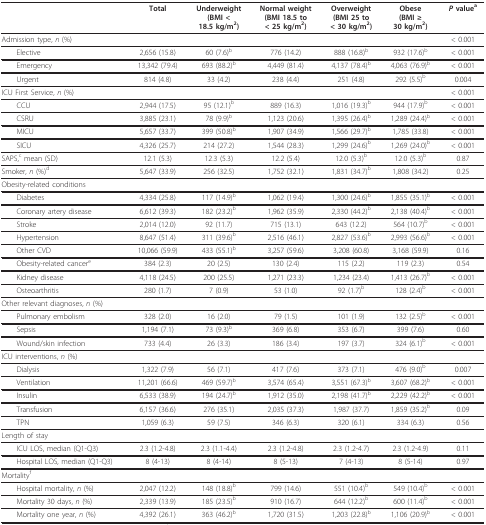
<table><thead><tr><td></td><td><b>Total</b></td><td><b>Underweight(BMI &lt; 18.5 kg/m<sup>2</sup>)</b></td><td><b>Normal weight(BMI 18.5 to &lt; 25 kg/m<sup>2</sup>)</b></td><td><b>Overweight(BMI 25 to &lt; 30 kg/m<sup>2</sup>)</b></td><td><b>Obese(BMI ≥ 30 kg/m<sup>2</sup>)</b></td><td><b><i>P </i>value<sup>a</sup></b></td></tr></thead><tbody><tr><td>Admission type, <i>n </i>(%)</td><td></td><td></td><td></td><td></td><td></td><td>&lt; 0.001</td></tr><tr><td> Elective</td><td>2,656 (15.8)</td><td>60 (7.6)<sup>b</sup></td><td>776 (14.2)</td><td>888 (16.8)<sup>b</sup></td><td>932 (17.6)<sup>b</sup></td><td>&lt; 0.001</td></tr><tr><td> Emergency</td><td>13,342 (79.4)</td><td>693 (88.2)<sup>b</sup></td><td>4,449 (81.4)</td><td>4,137 (78.4)<sup>b</sup></td><td>4,063 (76.9)<sup>b</sup></td><td>&lt; 0.001</td></tr><tr><td> Urgent</td><td>814 (4.8)</td><td>33 (4.2)</td><td>238 (4.4)</td><td>251 (4.8)</td><td>292 (5.5)<sup>b</sup></td><td>0.004</td></tr><tr><td>ICU First Service, <i>n </i>(%)</td><td></td><td></td><td></td><td></td><td></td><td>&lt; 0.001</td></tr><tr><td> CCU</td><td>2,944 (17.5)</td><td>95 (12.1)<sup>b</sup></td><td>889 (16.3)</td><td>1,016 (19.3)<sup>b</sup></td><td>944 (17.9)<sup>b</sup></td><td>&lt; 0.001</td></tr><tr><td> CSRU</td><td>3,885 (23.1)</td><td>78 (9.9)<sup>b</sup></td><td>1,123 (20.6)</td><td>1,395 (26.4)<sup>b</sup></td><td>1,289 (24.4)<sup>b</sup></td><td>&lt; 0.001</td></tr><tr><td> MICU</td><td>5,657 (33.7)</td><td>399 (50.8)<sup>b</sup></td><td>1,907 (34.9)</td><td>1,566 (29.7)<sup>b</sup></td><td>1,785 (33.8)</td><td>&lt; 0.001</td></tr><tr><td> SICU</td><td>4,326 (25.7)</td><td>214 (27.2)</td><td>1,544 (28.3)</td><td>1,299 (24.6)<sup>b</sup></td><td>1,269 (24.0)<sup>b</sup></td><td>&lt; 0.001</td></tr><tr><td>SAPS,<sup>c </sup>mean (SD)</td><td>12.1 (5.3)</td><td>12.3 (5.3)</td><td>12.2 (5.4)</td><td>12.0 (5.3)<sup>b</sup></td><td>12.0 (5.3)<sup>b</sup></td><td>0.87</td></tr><tr><td>Smoker, <i>n </i>(%)<sup>d</sup></td><td>5,647 (33.9)</td><td>256 (32.5)</td><td>1,752 (32.1)</td><td>1,831 (34.7)<sup>b</sup></td><td>1,808 (34.2)</td><td>0.25</td></tr><tr><td>Obesity-related conditions</td><td></td><td></td><td></td><td></td><td></td><td></td></tr><tr><td> Diabetes</td><td>4,334 (25.8)</td><td>117 (14.9)<sup>b</sup></td><td>1,062 (19.4)</td><td>1,300 (24.6)<sup>b</sup></td><td>1,855 (35.1)<sup>b</sup></td><td>&lt; 0.001</td></tr><tr><td> Coronary artery disease</td><td>6,612 (39.3)</td><td>182 (23.2)<sup>b</sup></td><td>1,962 (35.9)</td><td>2,330 (44.2)<sup>b</sup></td><td>2,138 (40.4)<sup>b</sup></td><td>&lt; 0.001</td></tr><tr><td> Stroke</td><td>2,014 (12.0)</td><td>92 (11.7)</td><td>715 (13.1)</td><td>643 (12.2)</td><td>564 (10.7)<sup>b</sup></td><td>&lt; 0.001</td></tr><tr><td> Hypertension</td><td>8,647 (51.4)</td><td>311 (39.6)<sup>b</sup></td><td>2,516 (46.1)</td><td>2,827 (53.6)<sup>b</sup></td><td>2,993 (56.6)<sup>b</sup></td><td>&lt; 0.001</td></tr><tr><td> Other CVD</td><td>10,066 (59.9)</td><td>433 (55.1)<sup>b</sup></td><td>3,257 (59.6)</td><td>3,208 (60.8)</td><td>3,168 (59.9)</td><td>0.16</td></tr><tr><td> Obesity-related cancer<sup>e</sup></td><td>384 (2.3)</td><td>20 (2.5)</td><td>130 (2.4)</td><td>115 (2.2)</td><td>119 (2.3)</td><td>0.54</td></tr><tr><td> Kidney disease</td><td>4,118 (24.5)</td><td>200 (25.5)</td><td>1,271 (23.3)</td><td>1,234 (23.4)</td><td>1,413 (26.7)<sup>b</sup></td><td>&lt; 0.001</td></tr><tr><td> Osteoarthritis</td><td>280 (1.7)</td><td>7 (0.9)</td><td>53 (1.0)</td><td>92 (1.7)<sup>b</sup></td><td>128 (2.4)<sup>b</sup></td><td>&lt; 0.001</td></tr><tr><td>Other relevant diagnoses, <i>n </i>(%)</td><td></td><td></td><td></td><td></td><td></td><td></td></tr><tr><td> Pulmonary embolism</td><td>328 (2.0)</td><td>16 (2.0)</td><td>79 (1.5)</td><td>101 (1.9)</td><td>132 (2.5)<sup>b</sup></td><td>&lt; 0.001</td></tr><tr><td> Sepsis</td><td>1,194 (7.1)</td><td>73 (9.3)<sup>b</sup></td><td>369 (6.8)</td><td>353 (6.7)</td><td>399 (7.6)</td><td>0.60</td></tr><tr><td> Wound/skin infection</td><td>733 (4.4)</td><td>26 (3.3)</td><td>186 (3.4)</td><td>197 (3.7)</td><td>324 (6.1)<sup>b</sup></td><td>&lt; 0.001</td></tr><tr><td>ICU interventions, <i>n </i>(%)</td><td></td><td></td><td></td><td></td><td></td><td></td></tr><tr><td> Dialysis</td><td>1,322 (7.9)</td><td>56 (7.1)</td><td>417 (7.6)</td><td>373 (7.1)</td><td>476 (9.0)<sup>b</sup></td><td>0.007</td></tr><tr><td> Ventilation</td><td>11,201 (66.6)</td><td>469 (59.7)<sup>b</sup></td><td>3,574 (65.4)</td><td>3,551 (67.3)<sup>b</sup></td><td>3,607 (68.2)<sup>b</sup></td><td>&lt; 0.001</td></tr><tr><td> Insulin</td><td>6,533 (38.9)</td><td>194 (24.7)<sup>b</sup></td><td>1,912 (35.0)</td><td>2,198 (41.7)<sup>b</sup></td><td>2,229 (42.2)<sup>b</sup></td><td>&lt; 0.001</td></tr><tr><td> Transfusion</td><td>6,157 (36.6)</td><td>276 (35.1)</td><td>2,035 (37.3)</td><td>1,987 (37.7)</td><td>1,859 (35.2)<sup>b</sup></td><td>0.09</td></tr><tr><td> TPN</td><td>1,059 (6.3)</td><td>59 (7.5)</td><td>346 (6.3)</td><td>320 (6.1)</td><td>334 (6.3)</td><td>0.56</td></tr><tr><td>Length of stay</td><td></td><td></td><td></td><td></td><td></td><td></td></tr><tr><td> ICU LOS, median (Q1-Q3)</td><td>2.3 (1.2-4.8)</td><td>2.3 (1.1-4.4)</td><td>2.3 (1.2-4.8)</td><td>2.3 (1.2-4.7)</td><td>2.3 (1.2-4.9)</td><td>0.11</td></tr><tr><td> Hospital LOS, median (Q1-Q3)</td><td>8 (4-13)</td><td>8 (4-14)</td><td>8 (5-13)</td><td>7 (4-13)</td><td>8 (5-14)</td><td>0.97</td></tr><tr><td>Mortality<sup>f</sup></td><td></td><td></td><td></td><td></td><td></td><td></td></tr><tr><td> Hospital mortality, <i>n </i>(%)</td><td>2,047 (12.2)</td><td>148 (18.8)<sup>b</sup></td><td>799 (14.6)</td><td>551 (10.4)<sup>b</sup></td><td>549 (10.4)<sup>b</sup></td><td>&lt; 0.001</td></tr><tr><td> Mortality 30 days, <i>n </i>(%)</td><td>2,339 (13.9)</td><td>185 (23.5)<sup>b</sup></td><td>910 (16.7)</td><td>644 (12.2)<sup>b</sup></td><td>600 (11.4)<sup>b</sup></td><td>&lt; 0.001</td></tr><tr><td> Mortality one year, <i>n </i>(%)</td><td>4,392 (26.1)</td><td>363 (46.2)<sup>b</sup></td><td>1,720 (31.5)</td><td>1,203 (22.8)<sup>b</sup></td><td>1,106 (20.9)<sup>b</sup></td><td>&lt; 0.001</td></tr></tbody></table>